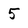
Character: 5